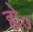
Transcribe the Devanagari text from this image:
हो०